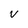
Character: v